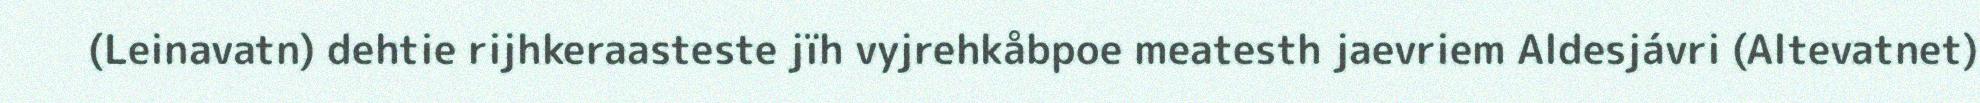
(Leinavatn) dehtie rijhkeraasteste jïh vyjrehkåbpoe meatesth jaevriem Aldesjávri (Altevatnet)